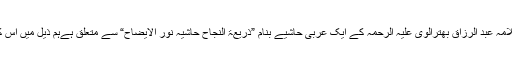
یہ مکتوب در اصل حضرت علامہ عبد الرزاق بھترالوی علیہ الرحمہ کے ایک عربی حاشیے بنام ”ذریعۃ النجاح حاشیہ نور الایضاح“ سے متعلق ہےہم ذیل میں اس کا آخری اقتباس نقل کرتے ہیں۔